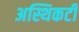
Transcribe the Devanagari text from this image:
अस्थिकटी